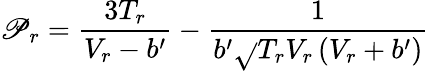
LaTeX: \mathscr{P}_{r}={\frac{{3T_{r}}}{{V_{r}-b^{\prime}}}}-{\frac{{1}}{{b^{\prime}{\sqrt{}{{T_{r}}}}V_{r}\left(V_{r}+b^{\prime}\right)}}}